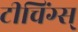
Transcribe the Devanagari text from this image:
टीचिंग्स्‌